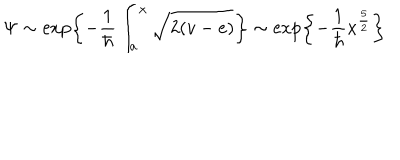
\Psi \sim \exp \left\{ - \frac { 1 } { \hbar } \int _ { a } ^ { x } \sqrt { 2 ( v - e ) } \right\} \sim \exp \left\{ - \frac { 1 } { \hbar } x ^ { \frac { 5 } { 2 } } \right\}